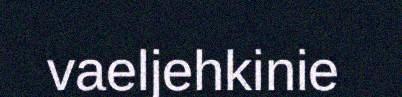
vaeljehkinie